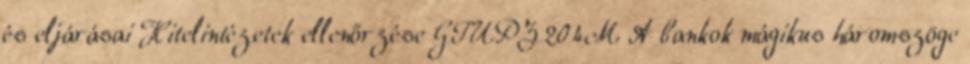
és eljárásai Hitelintézetek ellenőrzése GTUPZ204M A bankok mágikus háromszöge